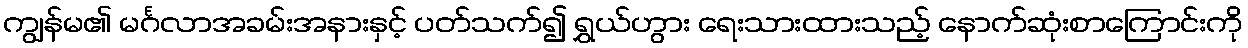
ကျွန်မ၏ မင်္ဂလာအခမ်းအနားနှင့် ပတ်သက်၍ ရွှယ်ဟွား ရေးသားထားသည့် နောက်ဆုံးစာကြောင်းကို